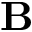
\mathbf { B }